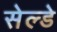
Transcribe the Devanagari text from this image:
सेल्डे